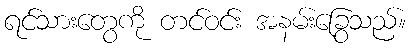
ရင်သားတွေကို တင်ဝင်း အနမ်းခြွေသည်။